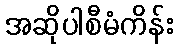
အဆိုပါစီမံကိန်း